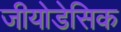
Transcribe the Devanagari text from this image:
जीयोडेसिक